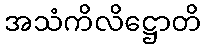
အသံကိလိဋ္ဌောတိ